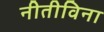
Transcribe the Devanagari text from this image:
नीतीविना